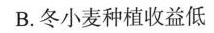
B.冬小麦种植收益低